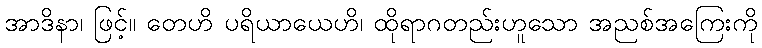
အာဒိနာ၊ ဖြင့်။ တေဟိ ပရိယာယေဟိ၊ ထိုရာဂတည်းဟူသော အညစ်အကြေးကို